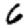
Digit: 6